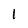
Character: 1